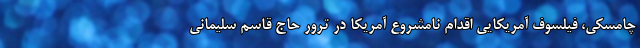
چامسکی، فیلسوف آمریکایی اقدام نامشروع آمریکا در ترور حاج قاسم سلیمانی